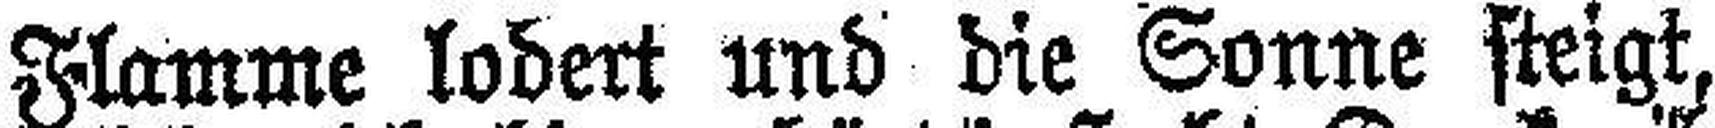
Flamme lodert und die Sonne steigt,